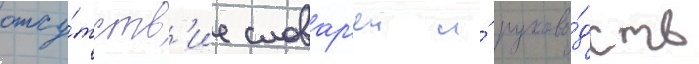
отсу́тств'ие словар'еи и́ руково́дств